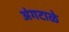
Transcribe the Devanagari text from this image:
अंगटाळे